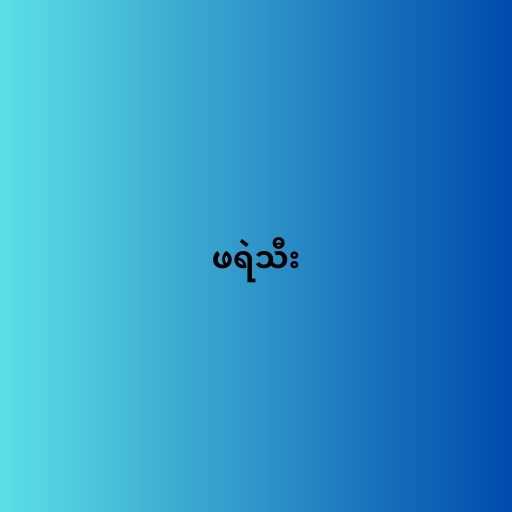
ဖရဲသီး